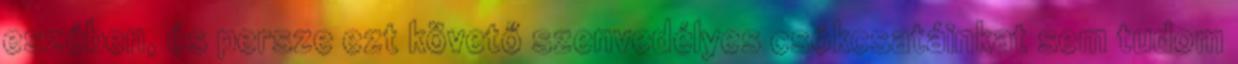
eszében, és persze ezt követő szenvedélyes csókcsatáinkat sem tudom